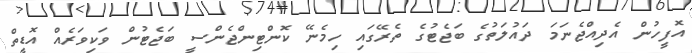
އޮފީހުން އެދިއްޖެނަމަ ދައުލަތުގެ ބަޖެޓުގެ ތެރޭގައި ހިމެނޭ ކޮންޓިންޖެންސީ ބަޖެޓުން ވަކިވަރެއް އޮޑީތް